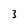
Character: 3